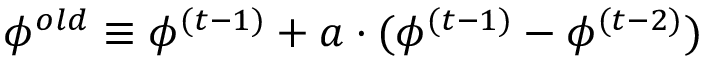
\phi ^ { o l d } \equiv \phi ^ { ( t - 1 ) } + a \cdot ( \phi ^ { ( t - 1 ) } - \phi ^ { ( t - 2 ) } )